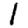
Digit: 1